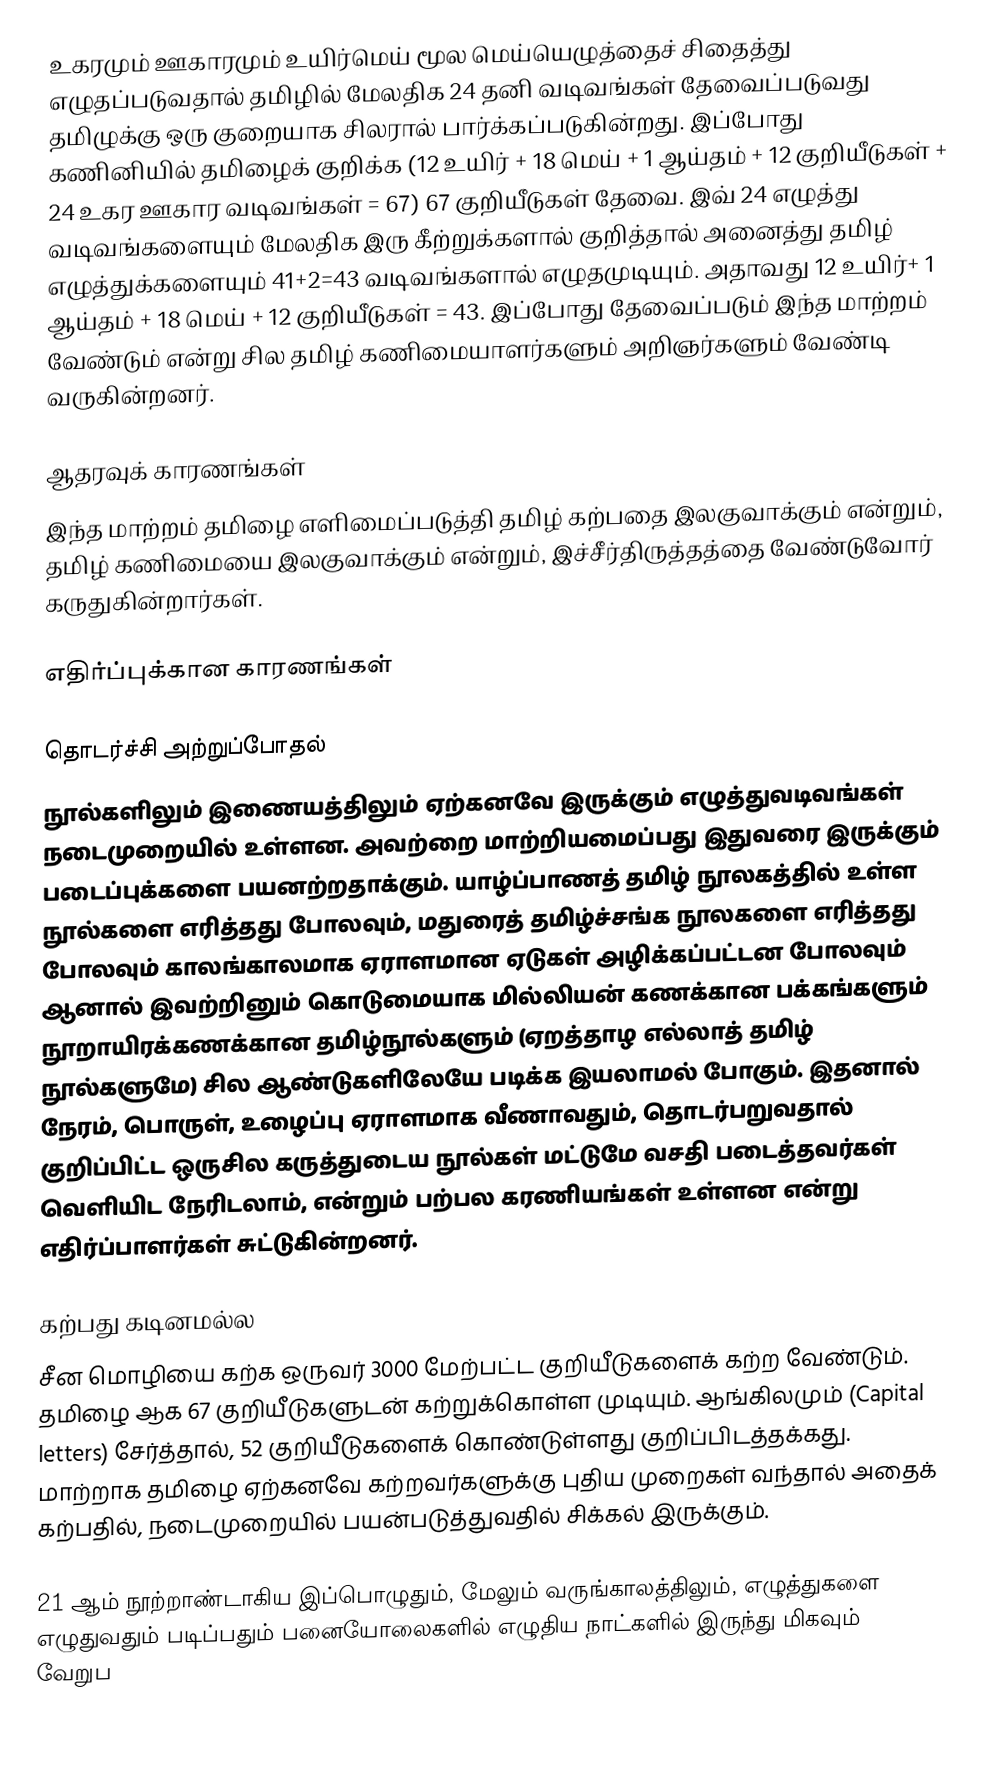
உகரமும் ஊகாரமும் உயிர்மெய் மூல மெய்யெழுத்தைச் சிதைத்து எழுதப்படுவதால் தமிழில் மேலதிக 24 தனி வடிவங்கள் தேவைப்படுவது தமிழுக்கு ஒரு குறையாக சிலரால் பார்க்கப்படுகின்றது.  இப்போது கணினியில் தமிழைக் குறிக்க (12 உயிர் + 18 மெய் + 1 ஆய்தம் + 12 குறியீடுகள் + 24 உகர ஊகார வடிவங்கள் = 67) 67 குறியீடுகள் தேவை.  இவ் 24 எழுத்து வடிவங்களையும் மேலதிக இரு கீற்றுக்களால் குறித்தால் அனைத்து தமிழ் எழுத்துக்களையும் 41+2=43 வடிவங்களால் எழுதமுடியும்.  அதாவது 12 உயிர்+ 1 ஆய்தம் + 18 மெய் + 12 குறியீடுகள் = 43.  இப்போது தேவைப்படும் இந்த மாற்றம் வேண்டும் என்று சில தமிழ் கணிமையாளர்களும் அறிஞர்களும் வேண்டி வருகின்றனர்.

ஆதரவுக் காரணங்கள்
இந்த மாற்றம் தமிழை எளிமைப்படுத்தி தமிழ் கற்பதை இலகுவாக்கும் என்றும், தமிழ் கணிமையை இலகுவாக்கும் என்றும், இச்சீர்திருத்தத்தை வேண்டுவோர் கருதுகின்றார்கள்.

எதிர்ப்புக்கான காரணங்கள்

தொடர்ச்சி அற்றுப்போதல்
நூல்களிலும் இணையத்திலும் ஏற்கனவே இருக்கும் எழுத்துவடிவங்கள் நடைமுறையில் உள்ளன.  அவற்றை மாற்றியமைப்பது இதுவரை இருக்கும் படைப்புக்களை பயனற்றதாக்கும்.  யாழ்ப்பாணத் தமிழ் நூலகத்தில் உள்ள  நூல்களை எரித்தது போலவும், மதுரைத் தமிழ்ச்சங்க நூலகளை எரித்தது போலவும் காலங்காலமாக  ஏராளமான ஏடுகள் அழிக்கப்பட்டன போலவும் ஆனால் இவற்றினும் கொடுமையாக மில்லியன் கணக்கான பக்கங்களும் நூறாயிரக்கணக்கான தமிழ்நூல்களும் (ஏறத்தாழ எல்லாத் தமிழ் நூல்களுமே) சில ஆண்டுகளிலேயே படிக்க இயலாமல் போகும்.  இதனால் நேரம், பொருள், உழைப்பு ஏராளமாக வீணாவதும், தொடர்பறுவதால் குறிப்பிட்ட ஒருசில கருத்துடைய நூல்கள் மட்டுமே வசதி படைத்தவர்கள் வெளியிட நேரிடலாம், என்றும் பற்பல கரணியங்கள் உள்ளன என்று எதிர்ப்பாளர்கள் சுட்டுகின்றனர்.

கற்பது கடினமல்ல
சீன மொழியை கற்க ஒருவர் 3000 மேற்பட்ட குறியீடுகளைக் கற்ற வேண்டும்.  தமிழை ஆக 67 குறியீடுகளுடன் கற்றுக்கொள்ள முடியும்.  ஆங்கிலமும் (Capital letters) சேர்த்தால், 52 குறியீடுகளைக் கொண்டுள்ளது குறிப்பிடத்தக்கது.  மாற்றாக தமிழை ஏற்கனவே கற்றவர்களுக்கு புதிய முறைகள் வந்தால் அதைக் கற்பதில், நடைமுறையில் பயன்படுத்துவதில் சிக்கல் இருக்கும்.

21 ஆம் நூற்றாண்டாகிய இப்பொழுதும், மேலும் வருங்காலத்திலும், எழுத்துகளை எழுதுவதும் படிப்பதும் பனையோலைகளில் எழுதிய நாட்களில் இருந்து மிகவும் வேறுப